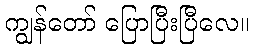
ကျွန်တော် ပြောပြီးပြီလေ။